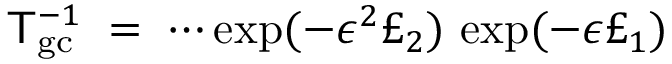
{ \sf T } _ { \mathrm { g c } } ^ { - 1 } \; = \; \cdots \exp ( - \epsilon ^ { 2 } \pounds _ { 2 } ) \, \exp ( - \epsilon \pounds _ { 1 } )